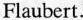
Flaubert.